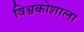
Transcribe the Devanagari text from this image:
विश्वकोशाला